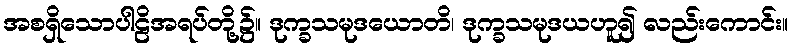
အစရှိသောပါဠိအရပ်တို့၌။ ဒုက္ခသမုဒယောတိ၊ ဒုက္ခသမုဒယဟူ၍ လည်းကောင်း။